Indian journal of veterinary science and animal husbandry - Volumes 18-21, 1948-1951
Year: 1948
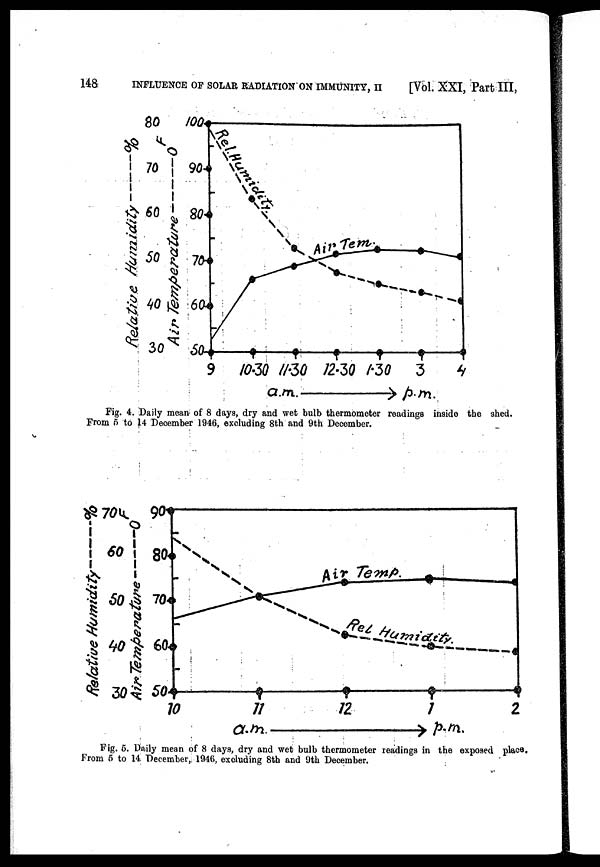
148
INFLUENCE OF SOLAR RADIATION ON IMMUNITY, II
[Vol. XXI, Part III,
Fig. 4. Daily mean of 8 days, dry and wet bulb thermometer readings inside the shed.
From 5 to 14 December 1946, excluding 8th and 9th December.
Fig. 5. Daily mean of 8 days, dry and wet bulb thermometer readings in the exposed place.
From 5 to 14 December, 1946, excluding 8th and 9th December.